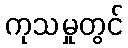
ကုသမှုတွင်